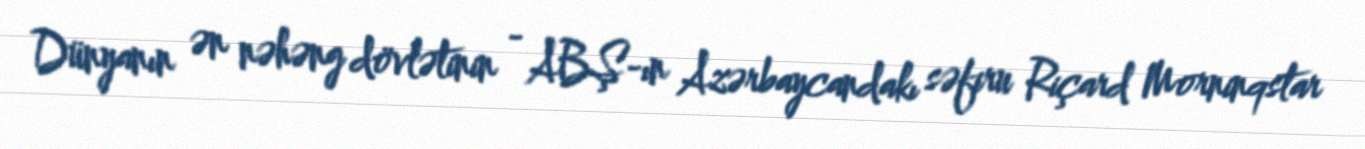
Dünyanın ən nəhəng dövlətinin - ABŞ-ın Azərbaycandakı səfiru Riçard Morninqstar